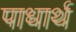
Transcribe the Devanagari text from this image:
पाधार्थ